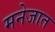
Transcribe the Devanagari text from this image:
मनेजात